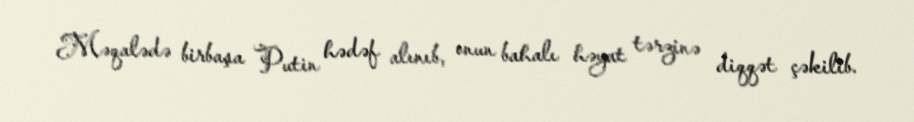
Məqalədə birbaşa Putin hədəf alınıb, onun bahalı həyat tərzinə diqqət çəkilib.